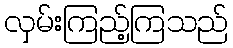
လှမ်းကြည့်ကြသည်